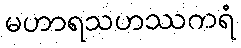
မဟာရသဟဿကရံ